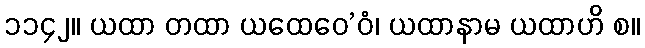
၁၁၄၂။ ယထာ တထာ ယထေဝေ’ဝံ၊ ယထာနာမ ယထာဟိ စ။